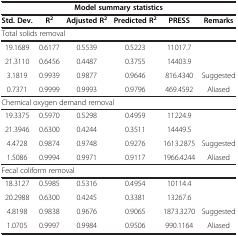
<table><thead><tr><td colspan="6"><b>Model summary statistics</b></td></tr><tr><td><b>Std. Dev.</b></td><td><b>R<sup>2</sup></b></td><td><b>Adjusted R<sup>2</sup></b></td><td><b>Predicted R<sup>2</sup></b></td><td><b>PRESS</b></td><td><b>Remarks</b></td></tr></thead><tbody><tr><td colspan="6">Total solids removal</td></tr><tr><td>19.1689</td><td>0.6177</td><td>0.5539</td><td>0.5223</td><td>11017.7</td><td> </td></tr><tr><td>21.3110</td><td>0.6456</td><td>0.4487</td><td>0.3755</td><td>14403.9</td><td> </td></tr><tr><td>3.1819</td><td>0.9939</td><td>0.9877</td><td>0.9646</td><td>816.4340</td><td>Suggested</td></tr><tr><td>0.7371</td><td>0.9999</td><td>0.9993</td><td>0.9796</td><td>469.4592</td><td>Aliased</td></tr><tr><td colspan="6">Chemical oxygen demand removal</td></tr><tr><td>19.3375</td><td>0.5970</td><td>0.5298</td><td>0.4959</td><td>11224.9</td><td> </td></tr><tr><td>21.3946</td><td>0.6300</td><td>0.4244</td><td>0.3511</td><td>14449.5</td><td> </td></tr><tr><td>4.4728</td><td>0.9874</td><td>0.9748</td><td>0.9276</td><td>1613.2875</td><td>Suggested</td></tr><tr><td>1.5086</td><td>0.9994</td><td>0.9971</td><td>0.9117</td><td>1966.4244</td><td>Aliased</td></tr><tr><td colspan="6">Fecal coliform removal</td></tr><tr><td>18.3127</td><td>0.5985</td><td>0.5316</td><td>0.4954</td><td>10114.4</td><td> </td></tr><tr><td>20.2988</td><td>0.6300</td><td>0.4245</td><td>0.3381</td><td>13267.6</td><td> </td></tr><tr><td>4.8198</td><td>0.9838</td><td>0.9676</td><td>0.9065</td><td>1873.3270</td><td>Suggested</td></tr><tr><td>1.0705</td><td>0.9997</td><td>0.9984</td><td>0.9506</td><td>990.1164</td><td>Aliased</td></tr></tbody></table>